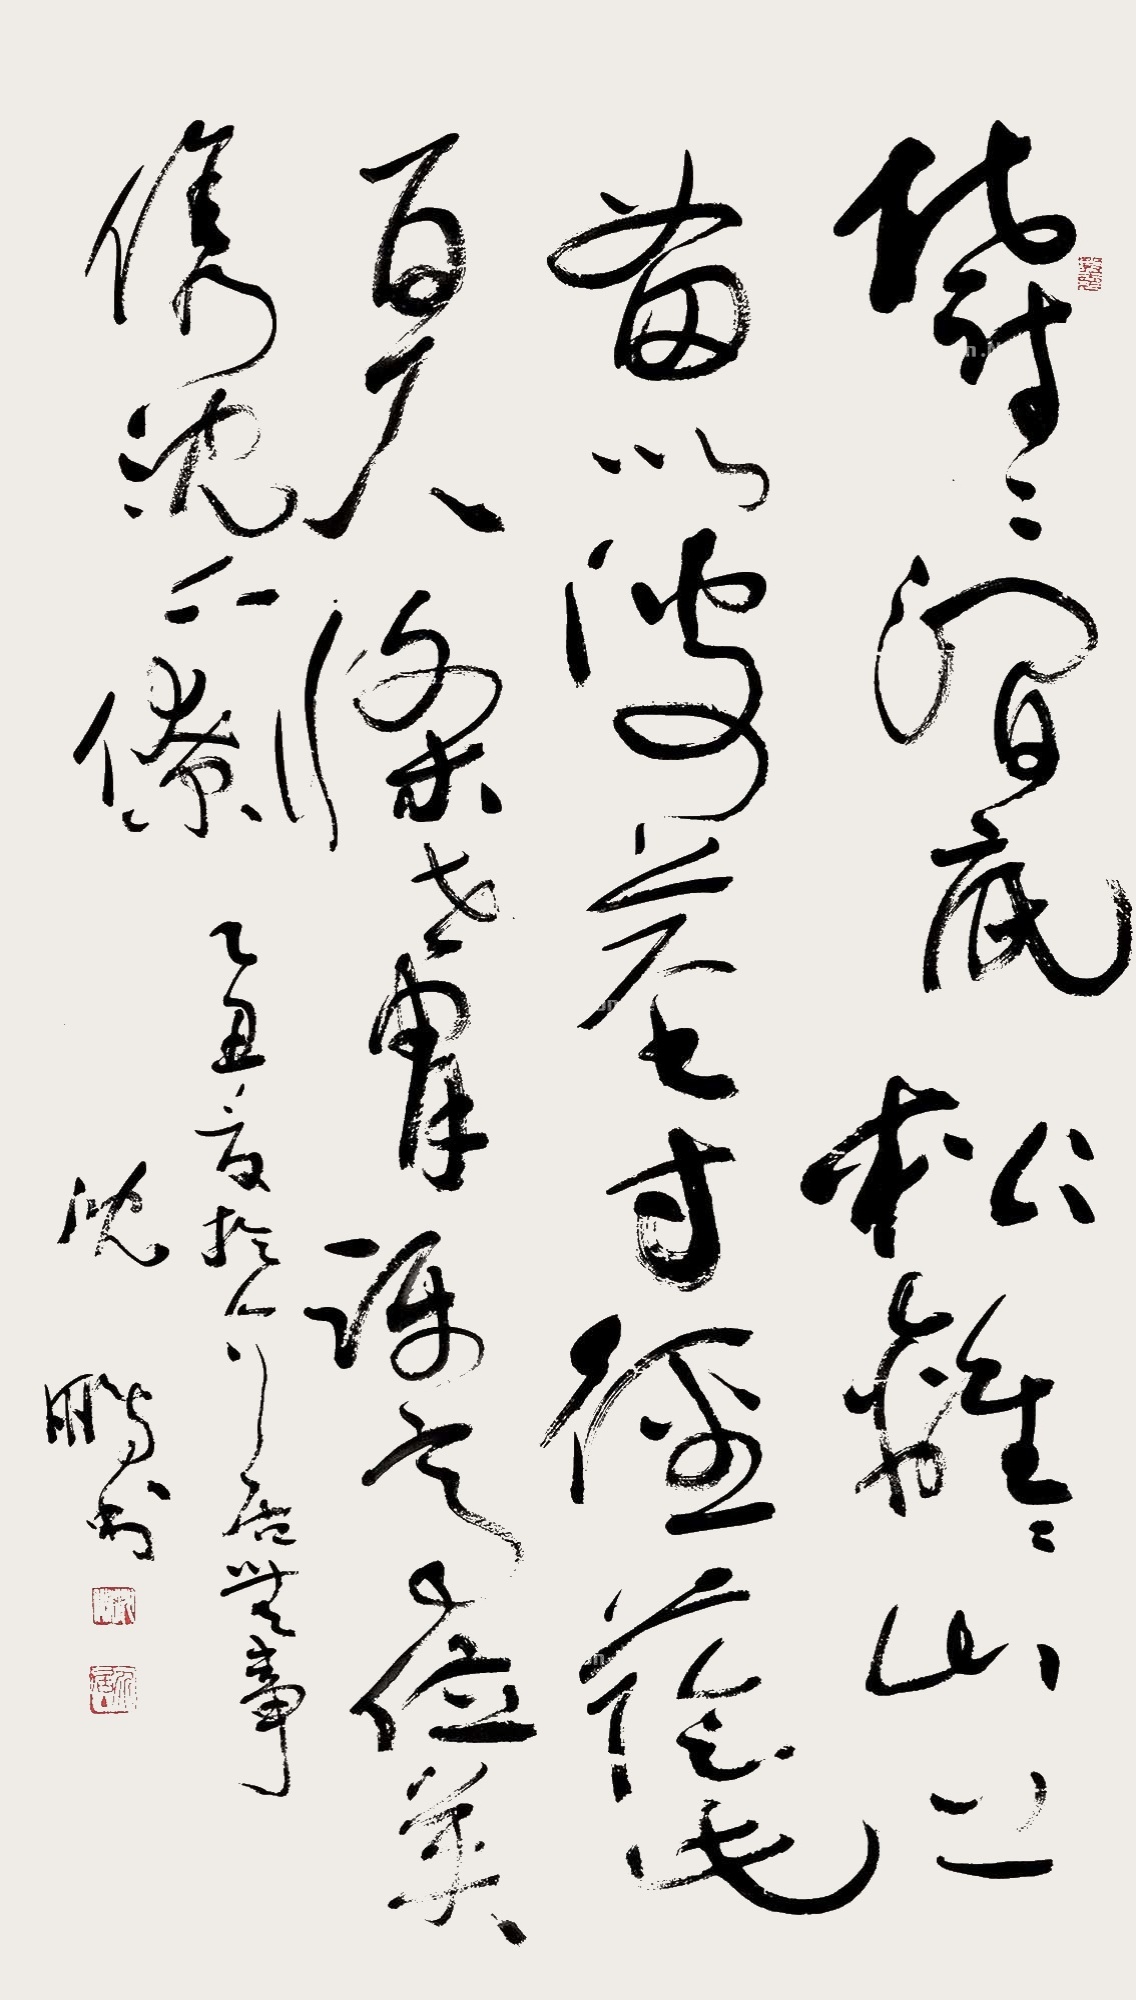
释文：郁郁涧底松，离离山上苗。以彼径寸茎，荫此百尺涤。世胄蹑高位，英俊沉下僚。乙丑夏，于介居无事，沈鹏书。